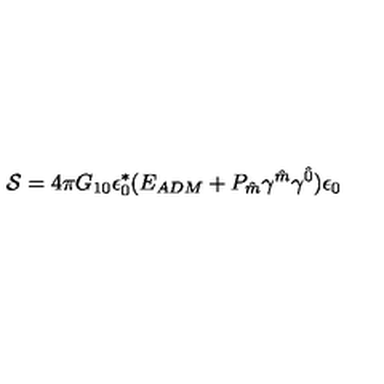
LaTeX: { \cal S } = 4 \pi G _ { 1 0 } \epsilon _ { 0 } ^ { \ast } ( E _ { A D M } + P _ { \hat { m } } \gamma ^ { \hat { m } } \gamma ^ { \hat { 0 } } ) \epsilon _ { 0 }